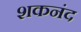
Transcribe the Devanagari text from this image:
शकनंद